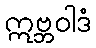
ဣဗ္ဘဝါဒံ